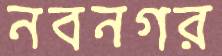
নবনগর